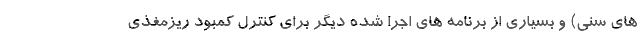
های سنی) و بسیاری از برنامه های اجرا شده دیگر برای کنترل کمبود ریزمغذی